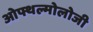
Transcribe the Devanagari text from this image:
ओफ्थल्मोलोजी